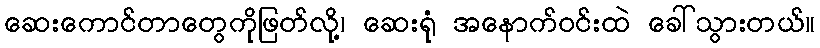
ဆေးကောင်တာတွေကိုဖြတ်လို့၊ ဆေးရုံ အနောက်ဝင်းထဲ ခေါ်သွားတယ်။